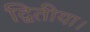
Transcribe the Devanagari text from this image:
द्वितीया।